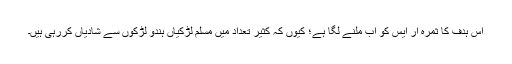
اس ہدف کا ثمرہ آر ایس کو اب ملنے لگا ہے؛ کیوں کہ کثیر تعداد میں مسلم لڑکیاں ہندو لڑکوں سے شادیاں کررہی ہیں۔